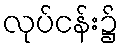
လုပ်ငန်း၌